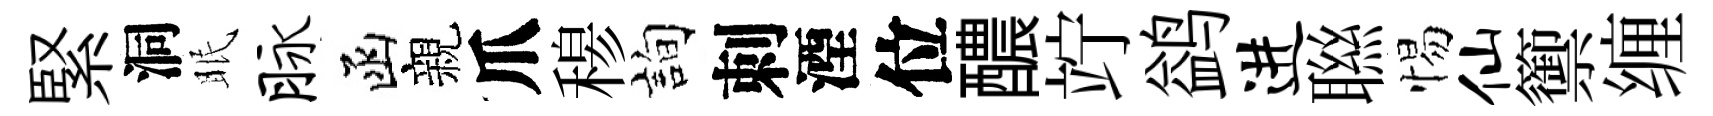
緊洞眠脉函親爪𥠇詢刺湮位醲竚鹢进聮惕仙籞缠